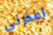
أعذرني